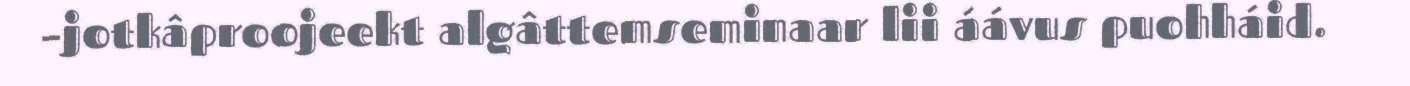
–jotkâproojeekt algâttemseminaar lii áávus puohháid.